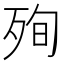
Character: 殉